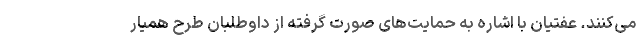
می‌کنند. عفتیان با اشاره به حمایت‌های صورت گرفته از داوطلبان طرح همیار